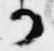
か